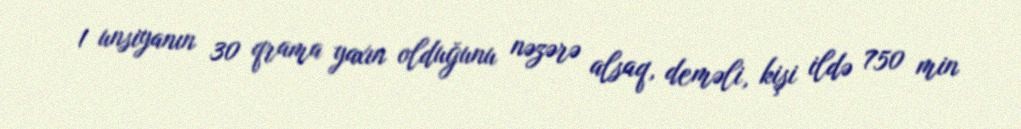
1 unsiyanın 30 qrama yaxın olduğunu nəzərə alsaq, deməli, kişi ildə 750 min